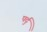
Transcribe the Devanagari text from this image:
पर्दु